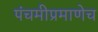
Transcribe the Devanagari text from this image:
पंचमीप्रमाणेच